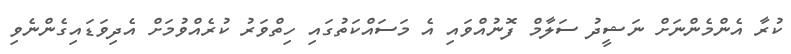
ކުރާ އެންމެންނަށް ނަޝީދު ސަލާމް ފޮނުއްވައި އެ މަސައްކަތުގައި ހިތްވަރު ކުރެއްވުމަށް އެދިވަޑައިގެންނެވި